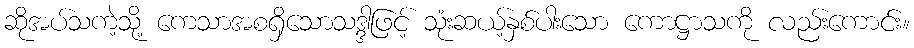
ဆိုအပ်သကဲ့သို့ ကေသာအစရှိသောသဒ္ဒါဖြင့် သုံးဆယ့်နှစ်ပါးသော ကောဋ္ဌာသကို လည်းကောင်း။